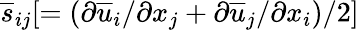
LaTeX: \overline{{s}}_{ij}[=(\partial\overline{{u}}_{i}/\partial x_{j}+\partial\overline{{u}}_{j}/\partial x_{i})/2]